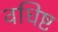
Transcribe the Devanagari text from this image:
वधिष्ट